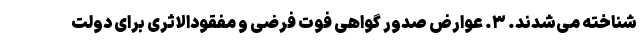
شناخته می‌شدند. ۳. عوارض صدور گواهی فوت فرضی و مفقودالاثری برای دولت